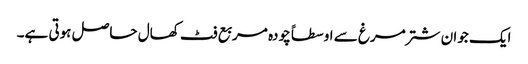
ایک جوان شتر مرغ سے اوسطاً چودہ مربع فٹ کھال حاصل ہوتی ہے۔